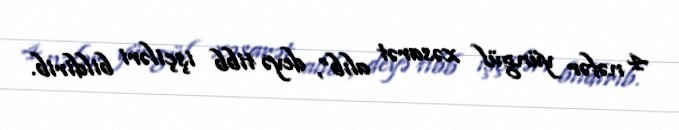
4 nəfər yüngül xəsarət alıb”, deyə tibb işçiləri bildirib.